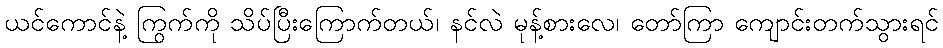
ယင်ကောင်နဲ့ ကြွက်ကို သိပ်ပြီးကြောက်တယ်၊ နင်လဲ မုန့်စားလေ၊ တော်ကြာ ကျောင်းတက်သွားရင်